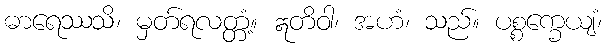
ဓာရေဿသိ၊ မှတ်ရလတ္တံ့။ ဣတိဝါ၊ အဟံ၊ သည်။ ပစ္စက္ခေယျံ၊